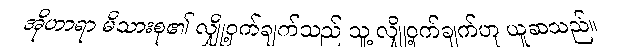
အိုဟာရာ မိသားစု၏ လျှို့ဝှက်ချက်သည် သူ့ လျှို့ဝှက်ချက်ဟု ယူဆသည်။